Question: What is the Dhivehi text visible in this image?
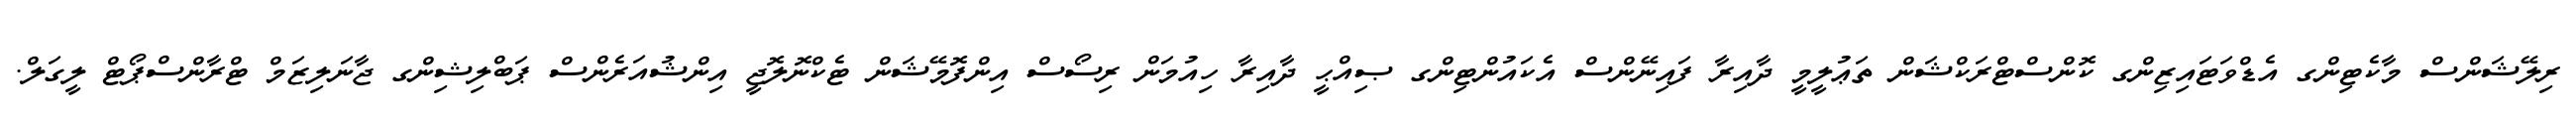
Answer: ރިލޭޝަންސް މާކެޓިންގ އެޑްވަޓައިޒިންގ ކޮންސްޓްރަކްޝަން ތަޢުލީމީ ދާއިރާ ފައިނޭންސް އެކައުންޓިންގ ޞިއްޙީ ދާއިރާ ހިއުމަން ރިސޯސް އިންފޮމޭޝަން ޓެކްނޮލޮޖީ އިންޝުއަރެންސް ޕަބްލިޝިންގ ޖާނަލިޒަމް ޓްރާންސްޕޯޓް ލީގަލް.